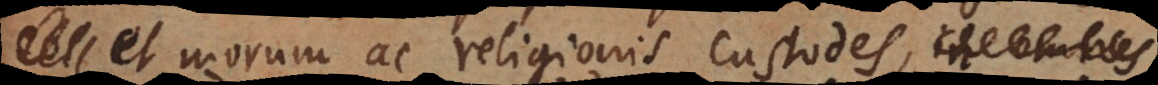
et morum ac religionis custodes, in omnes